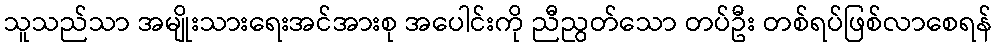
သူသည်သာ အမျိုးသားရေးအင်အားစု အပေါင်းကို ညီညွတ်သော တပ်ဦး တစ်ရပ်ဖြစ်လာစေရန်